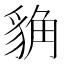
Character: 𧳊